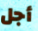
أجل